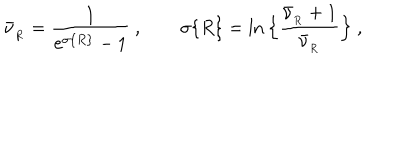
LaTeX: \bar { \nu } _ { _ R } = { \frac { 1 } { \mathrm { e } ^ { \sigma \{ R \} } - 1 } } \ , \qquad \sigma \{ R \} = \ln \Big \{ { \frac { \bar { \nu } _ { _ R } + 1 } { \bar { \nu } _ { _ R } } } \Big \} \ ,